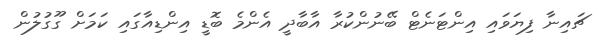
ޗައިނާ ފިޔަވައި އިންޓަނެޓް ބޭނުންކުރާ އާބާދީ އެންމެ ބޮޑީ އިންޑިއާގައި ކަމަށް ގޫގުލުން